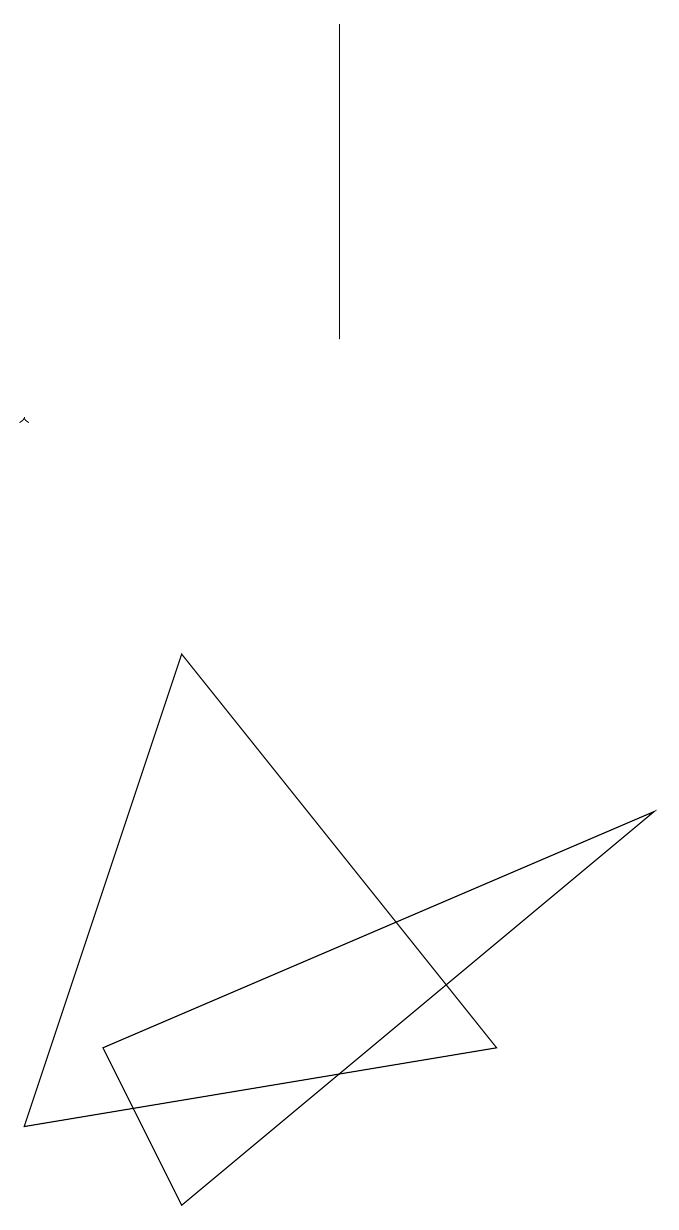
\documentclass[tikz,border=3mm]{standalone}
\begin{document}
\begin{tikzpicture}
\draw (9,6) -- (2,3) -- (3,1) -- cycle;
\draw[->] (1,11) -- (1,11);
\draw (7,3) -- (1,2) -- (3,8) -- cycle;
\draw (5,16) rectangle (5,12);
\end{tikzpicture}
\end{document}